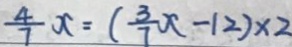
\frac { 4 } { 7 } x = ( \frac { 3 } { 7 } x - 1 2 ) \times 2